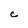
Character: C